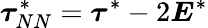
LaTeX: \boldsymbol{\tau}_{NN}^{*}=\boldsymbol{\tau}^{*}-2\boldsymbol{E}^{*}